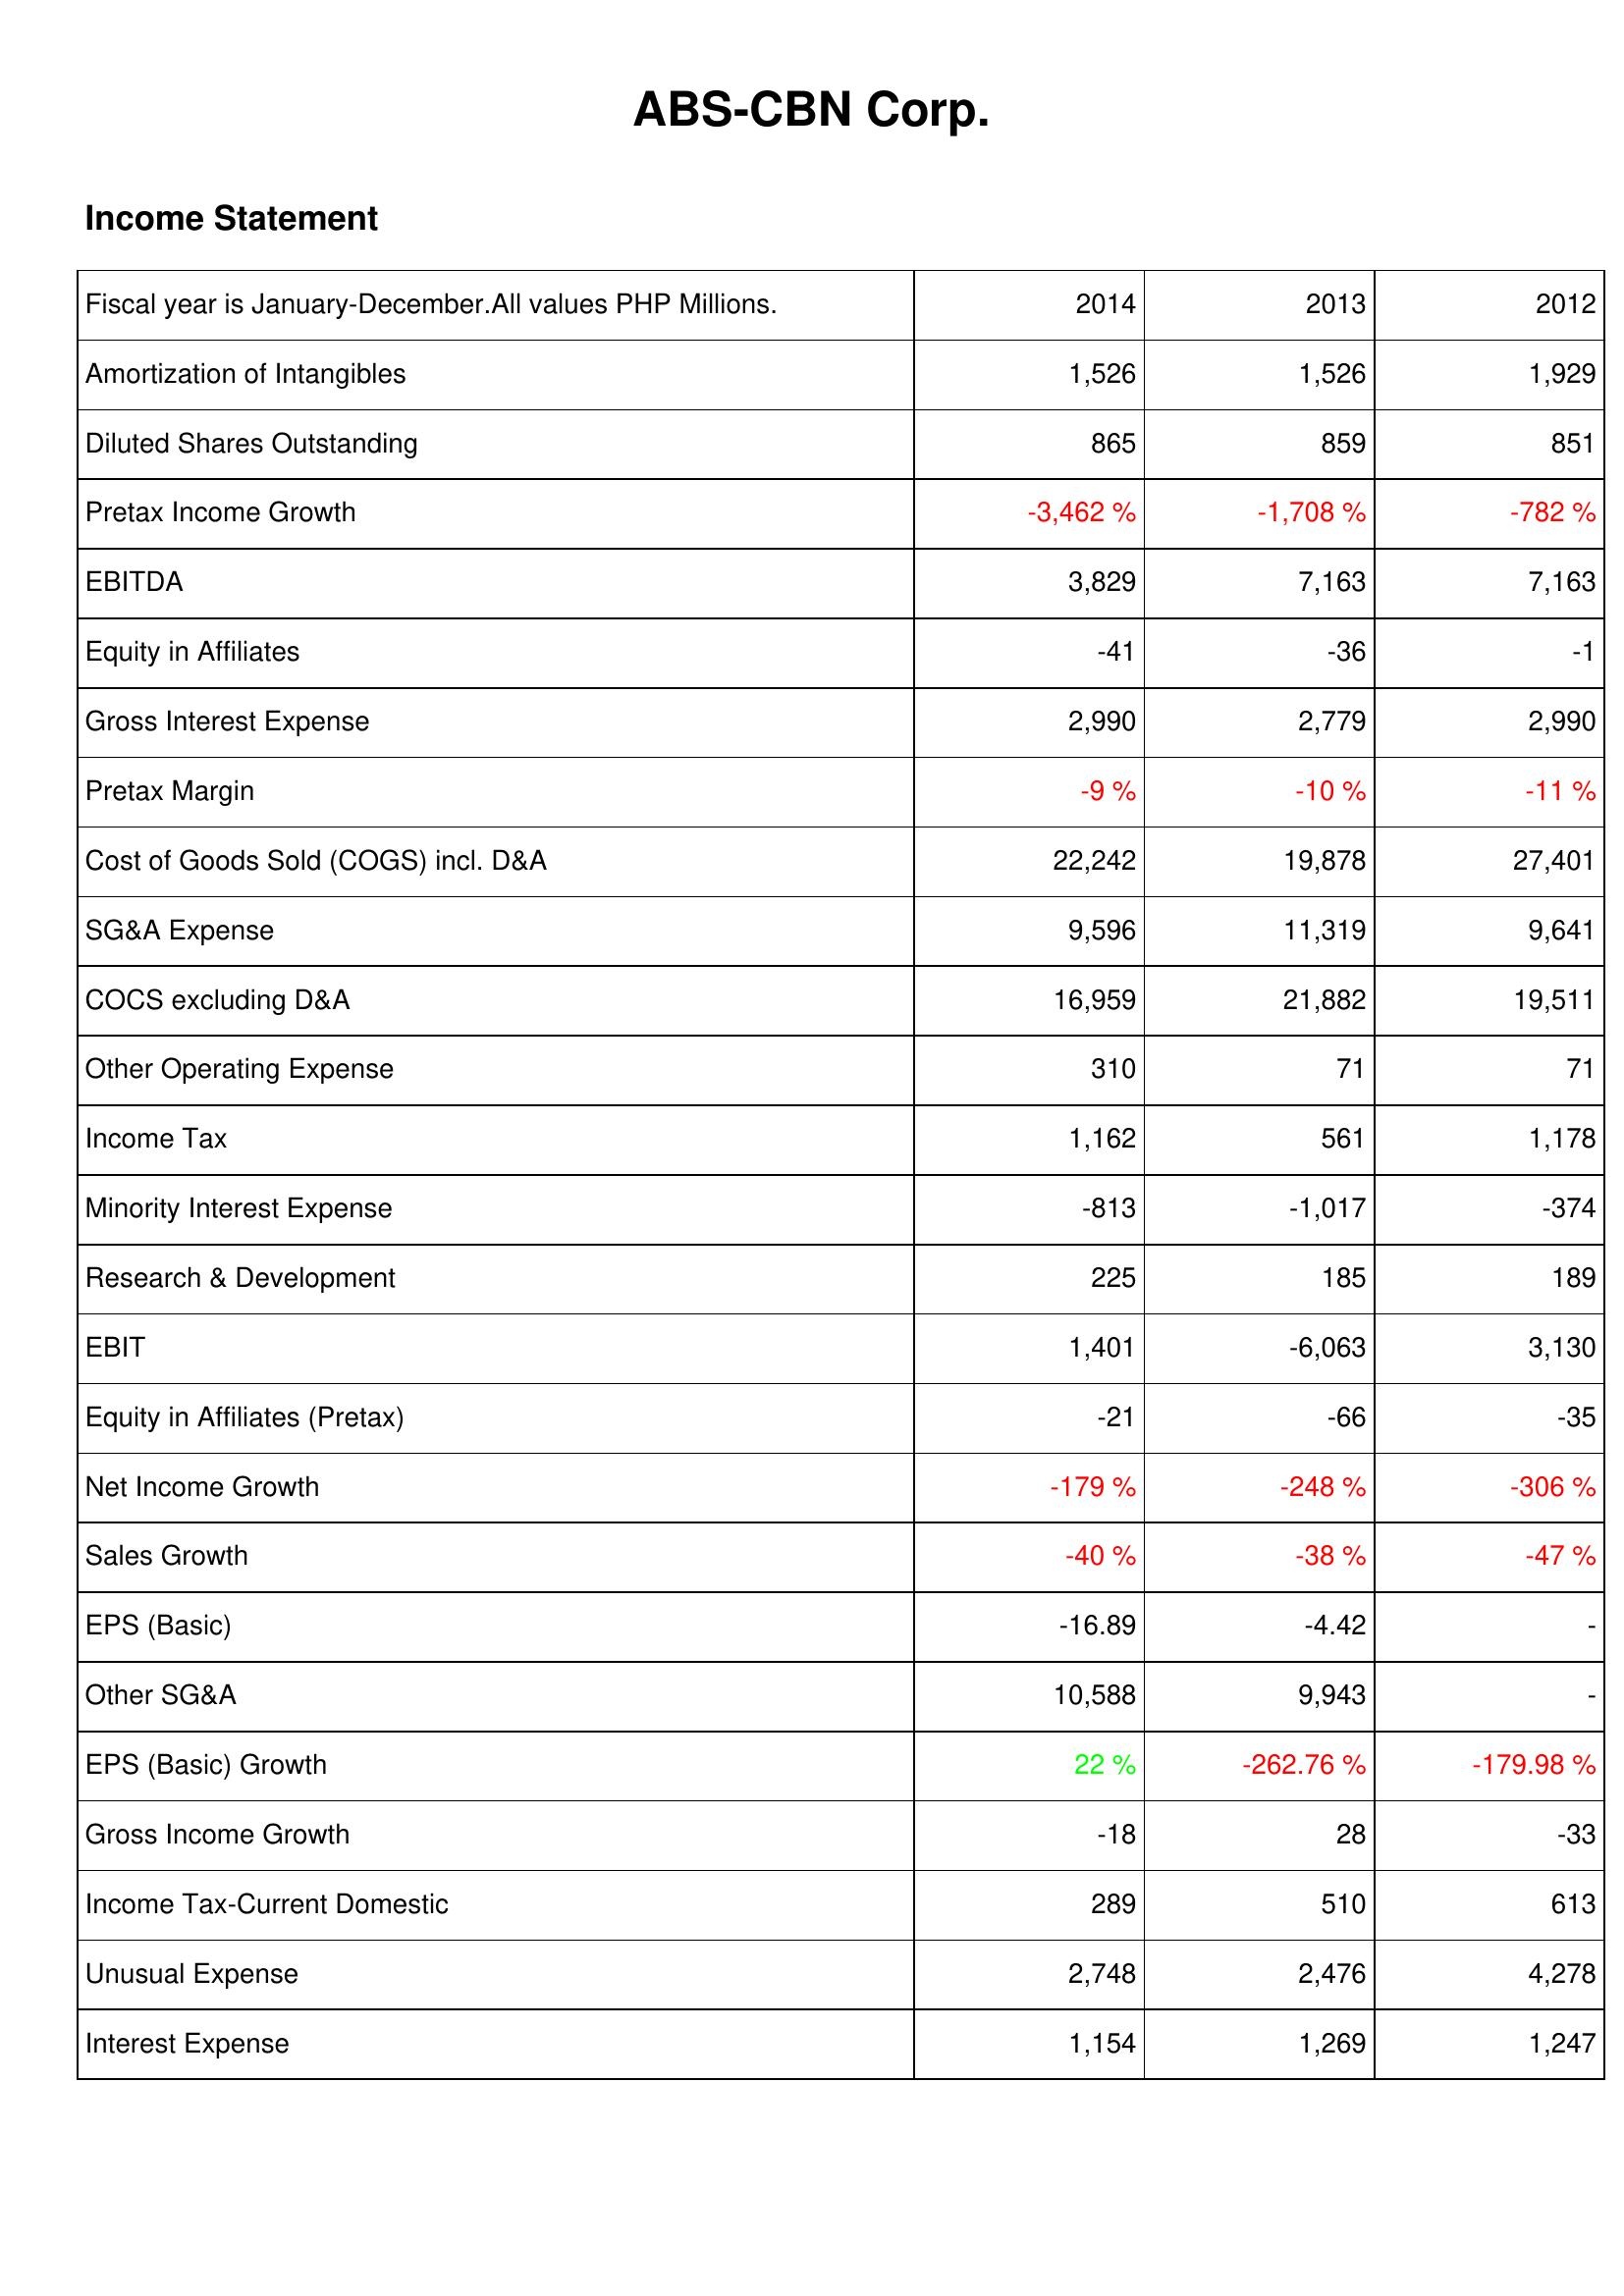
2014: Income Statement: Amortization of Intangibles: 1,526
Diluted Shares Outstanding: 865
Pretax Income Growth: -3,462 %
EBITDA: 3,829
Equity in Affiliates: -41
Gross Interest Expense: 2,990
Pretax Margin: -9 %
Cost of Goods Sold (COGS) incl. D&A: 22,242
SG&A Expense: 9,596
COCS excluding D&A: 16,959
Other Operating Expense: 310
Income Tax: 1,162
Minority Interest Expense: -813
Research & Development: 225
EBIT: 1,401
Equity in Affiliates (Pretax): -21
Net Income Growth: -179 %
Sales Growth: -40 %
EPS (Basic): -16.89
Other SG&A: 10,588
EPS (Basic) Growth: 22 %
Gross Income Growth: -18
Income Tax-Current Domestic: 289
Unusual Expense: 2,748
Interest Expense: 1,154
2013: Income Statement: Amortization of Intangibles: 1,526
Diluted Shares Outstanding: 859
Pretax Income Growth: -1,708 %
EBITDA: 7,163
Equity in Affiliates: -36
Gross Interest Expense: 2,779
Pretax Margin: -10 %
Cost of Goods Sold (COGS) incl. D&A: 19,878
SG&A Expense: 11,319
COCS excluding D&A: 21,882
Other Operating Expense: 71
Income Tax: 561
Minority Interest Expense: -1,017
Research & Development: 185
EBIT: -6,063
Equity in Affiliates (Pretax): -66
Net Income Growth: -248 %
Sales Growth: -38 %
EPS (Basic): -4.42
Other SG&A: 9,943
EPS (Basic) Growth: -262.76 %
Gross Income Growth: 28
Income Tax-Current Domestic: 510
Unusual Expense: 2,476
Interest Expense: 1,269
2012: Income Statement: Amortization of Intangibles: 1,929
Diluted Shares Outstanding: 851
Pretax Income Growth: -782 %
EBITDA: 7,163
Equity in Affiliates: -1
Gross Interest Expense: 2,990
Pretax Margin: -11 %
Cost of Goods Sold (COGS) incl. D&A: 27,401
SG&A Expense: 9,641
COCS excluding D&A: 19,511
Other Operating Expense: 71
Income Tax: 1,178
Minority Interest Expense: -374
Research & Development: 189
EBIT: 3,130
Equity in Affiliates (Pretax): -35
Net Income Growth: -306 %
Sales Growth: -47 %
EPS (Basic): -
Other SG&A: -
EPS (Basic) Growth: -179.98 %
Gross Income Growth: -33
Income Tax-Current Domestic: 613
Unusual Expense: 4,278
Interest Expense: 1,247